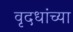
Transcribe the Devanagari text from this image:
वृदधांच्या